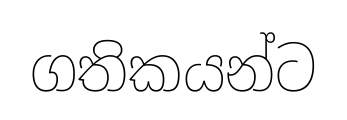
ගතිකයන්ට